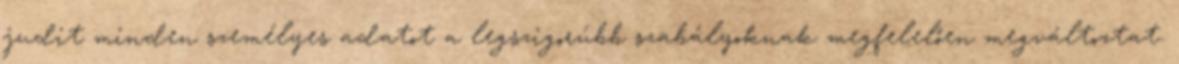
judit minden személyes adatot a legszigorúbb szabályoknak megfelelően megváltoztat.